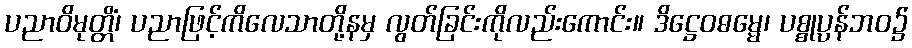
ပညာဝိမုတ္တိံ၊ ပညာဖြင့်ကိလေသာတို့နမှ လွတ်ခြင်းကိုလည်းကောင်း။ ဒိဋ္ဌေဝဓမ္မေ၊ ပစ္စုပ္ပန်ဘဝ၌